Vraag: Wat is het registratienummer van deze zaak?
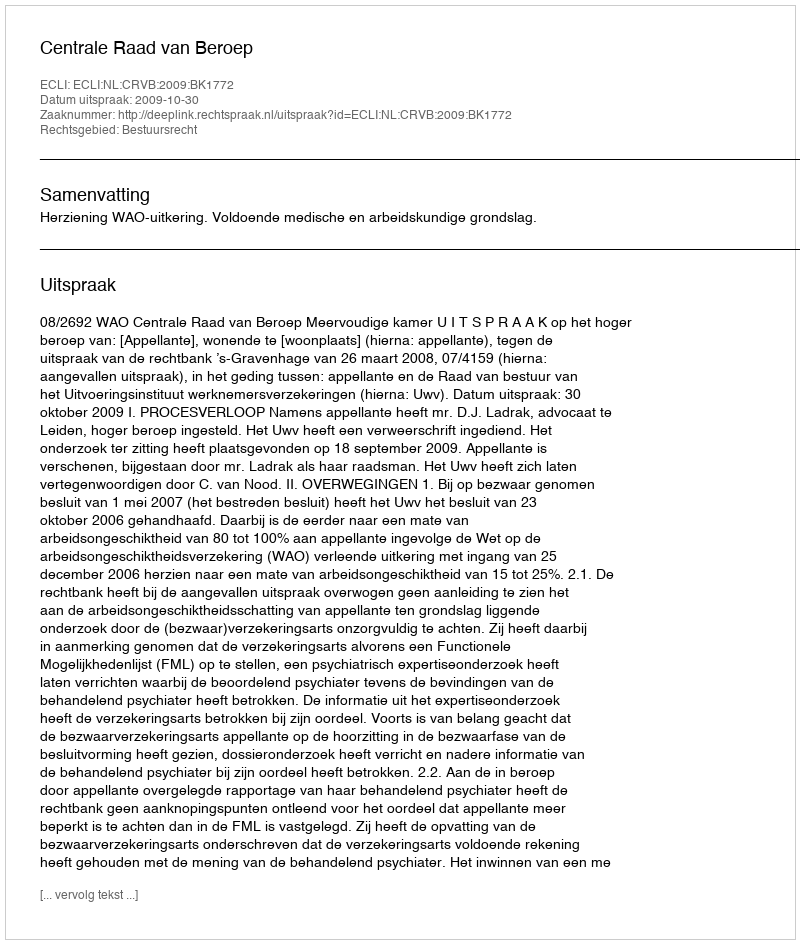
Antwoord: http://deeplink.rechtspraak.nl/uitspraak?id=ECLI:NL:CRVB:2009:BK1772